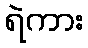
ရဲကား